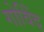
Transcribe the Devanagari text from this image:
गोविेंद